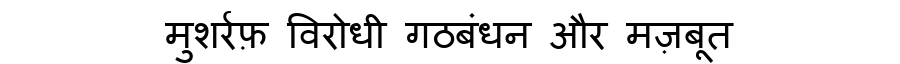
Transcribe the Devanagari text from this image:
मुशर्रफ़ विरोधी गठबंधन और मज़बूत